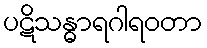
ပဋိသန္ဓာရဂါရဝတာ